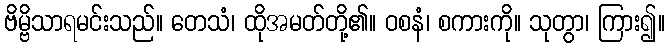
ဗိမ္ဗိသာရမင်းသည်။ တေသံ၊ ထိုအမတ်တို့၏။ ဝစနံ၊ စကားကို။ သုတွာ၊ ကြား၍။